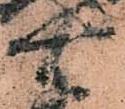
右